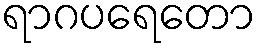
ရာဂပရေတော